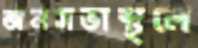
জনসভাস্থলে